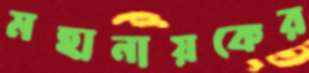
মহানায়কের